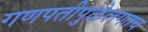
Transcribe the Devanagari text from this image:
गणपतीपुळेलगतच